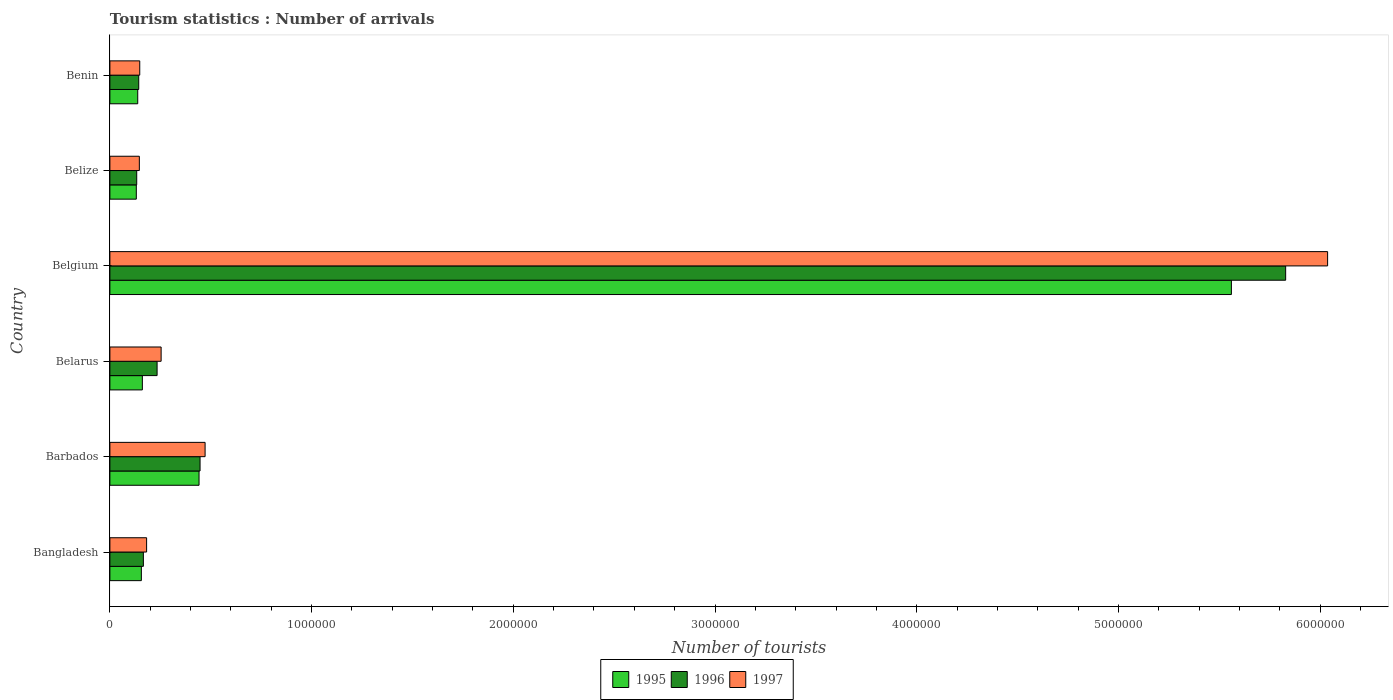
| Country | 1995 | 1996 | 1997 |
 | --- | --- | --- | --- |
 | Bangladesh | 1.56e+05 | 1.66e+05 | 1.82e+05 |
 | Barbados | 4.42e+05 | 4.47e+05 | 4.72e+05 |
 | Belarus | 1.61e+05 | 2.34e+05 | 2.54e+05 |
 | Belgium | 5.56e+06 | 5.83e+06 | 6.04e+06 |
 | Belize | 1.31e+05 | 1.33e+05 | 1.46e+05 |
 | Benin | 1.38e+05 | 1.43e+05 | 1.48e+05 |